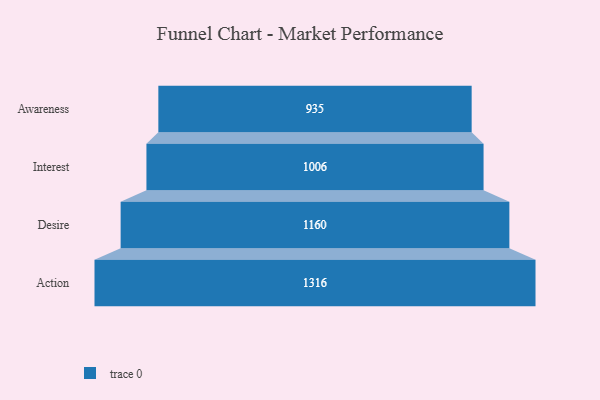
{"axis": {"x": "Stage", "y": "Value"}, "legend": [""], "data": [{"x": "Awareness", "y": 935.0, "type": ""}, {"x": "Interest", "y": 1006.0, "type": ""}, {"x": "Desire", "y": 1160.0, "type": ""}, {"x": "Action", "y": 1316.0, "type": ""}]}